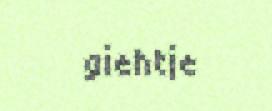
giehtje